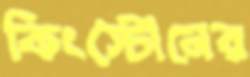
কিংস্টোনের